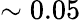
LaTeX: \sim 0.05